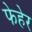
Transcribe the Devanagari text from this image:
फेहेर